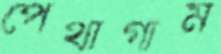
পেথাগাম